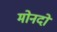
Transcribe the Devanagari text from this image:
मोनदो